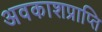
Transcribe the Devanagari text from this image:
अवकाशप्राप्ति